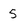
Character: 5